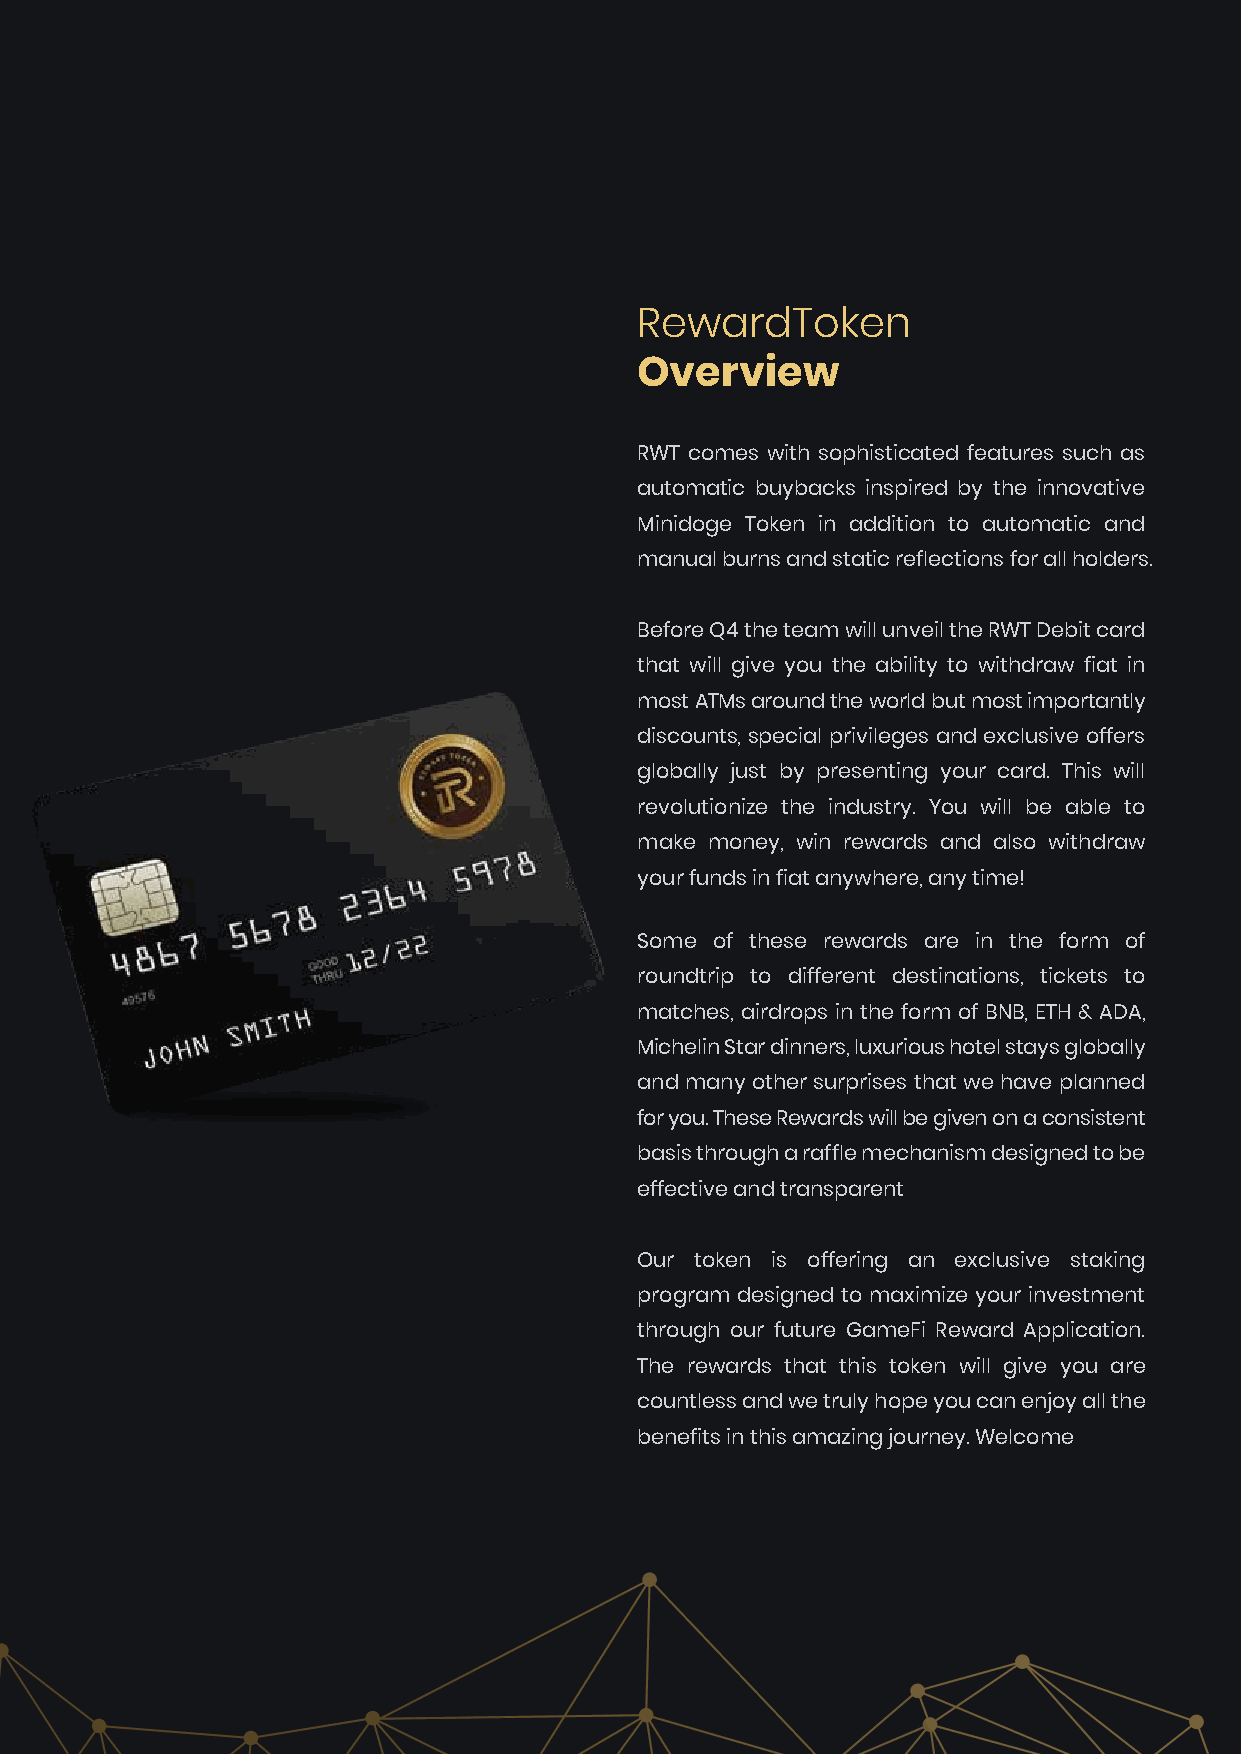
RewardToken
 Overview
 RWT comes with sophisticated features such as
 automatic buybacks inspired by the innovative
 Minidoge Token in addition to automatic and
 manual burns and static reflections for all holders.
 Before Q4 the team will unveil the RWT Debit card
 that will give you the ability to withdraw fiat in
 most ATMs around the world but most importantly
 discounts, special privileges and exclusive offers
 globally just by presenting your card. This will
 revolutionize the industry. You will be able to
 make money, win rewards and also withdraw
 your funds in fiat anywhere, any time!
 Some of these rewards are in the form of
 roundtrip to different destinations, tickets to
 matches, airdrops in the form of BNB, ETH & ADA,
 Michelin Star dinners, luxurious hotel stays globally
 and many other surprises that we have planned
 for you. These Rewards will be given on a consistent
 basis through a raffle mechanism designed to be
 effective and transparent
 Our token is offering an exclusive staking
 program designed to maximize your investment
 through our future GameFi Reward Application.
 The rewards that this token will give you are
 countless and we truly hope you can enjoy all the
 benefits in this amazing journey. Welcome